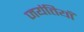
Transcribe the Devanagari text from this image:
जयंतियाँ